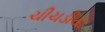
ચીચડીયા